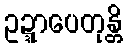
ဥဍ္ဍာပေတုန္တိ